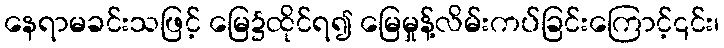
နေရာမခင်းသဖြင့် မြေ၌ထိုင်ရ၍ မြေမှုန့်လိမ်းကပ်ခြင်းကြောင့်၎င်း၊